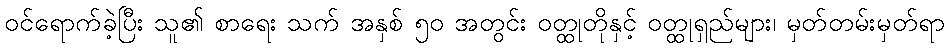
ဝင်ရောက်ခဲ့ပြီး သူ၏ စာရေး သက် အနှစ် ၅၀ အတွင်း ဝတ္ထုတိုနှင့် ဝတ္ထုရှည်များ၊ မှတ်တမ်းမှတ်ရာ